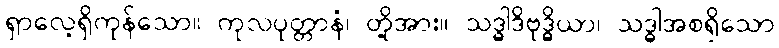
ရှာလေ့ရှိကုန်သော။ ကုလပုတ္တာနံ၊ တို့အား။ သဒ္ဓါဒိဗုဒ္ဓိယာ၊ သဒ္ဓါအစရှိသော